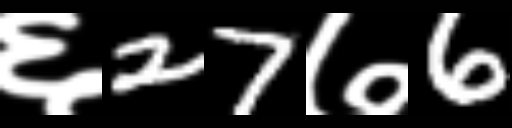
Text: ६27७6